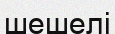
шешелі